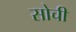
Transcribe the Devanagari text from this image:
सोचीं